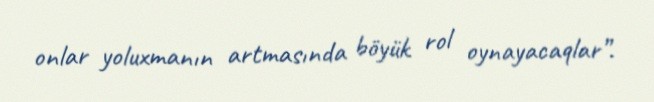
onlar yoluxmanın artmasında böyük rol oynayacaqlar”.